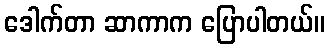
ဒေါက်တာ ဆာကာက ပြောပါတယ်။